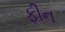
ફીન